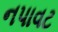
નપાવટ